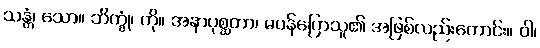
သန္တံ၊ သော။ ဘိက္ခုံ၊ ကို။ အနာပုစ္ဆတာ၊ မပန်ပြောသူ၏ အဖြစ်လည်းကောင်း။ ဝါ၊